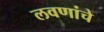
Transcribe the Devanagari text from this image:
लवणांचे